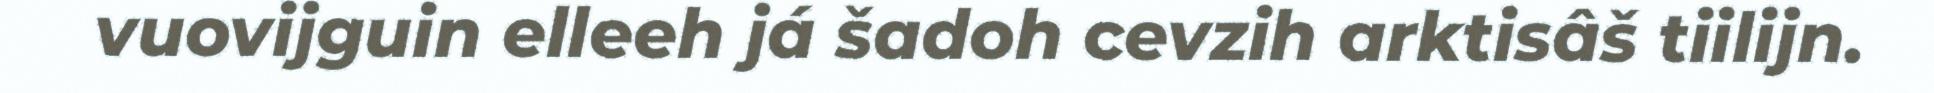
vuovijguin elleeh já šadoh cevzih arktisâš tiilijn.